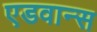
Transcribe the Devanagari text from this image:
एडवान्स